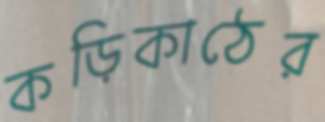
কড়িকাঠের